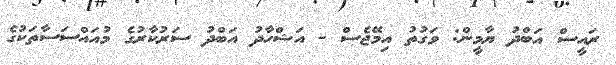
ރައީސް އަބްދު ޔާމީން: ވަގުތު އިމޭޖެސް - އަޝްހާދު އަބްދު ސަރުކާރުގެ މުއައްސަސާތަކުގެ